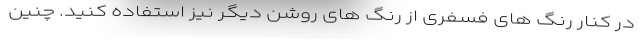
در کنار رنگ های فسفری از رنگ های روشن دیگر نیز استفاده کنید. چنین